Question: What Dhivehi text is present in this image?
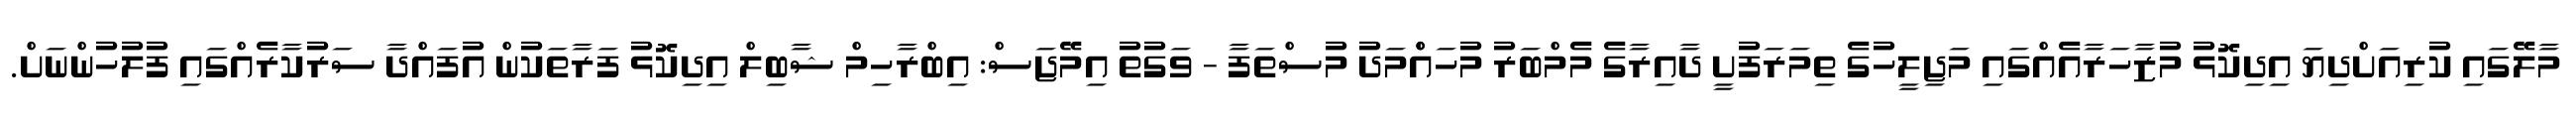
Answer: މާލޭގައި ކުރިއަށްދިޔަ އިދިކޮޅު މުޒާހަރާއެއްގައި މަޖިލީހުގެ ތިމަރަފުށީ ދާއިރާގެ މެމްބަރު މުހައްްމަދު މުސްތަފާ - ވަގުތު އިމޭޖަސް: އިބްރާހިމް ޝާބިލް އިދިކޮޅު ފަރާތަކުން އުފައްދާ ސަރުކާރެއްގައި ފުލުހުންނަށް.